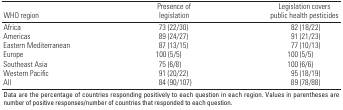
| WHO region | Presence of legislation | Legislation covers public health pesticides |
 | --- | --- | --- |
 | Africa |  | 73 (22/30) |  | 82 (18/22) |
 | Americas |  | 89 (24/27) |  | 91 (21/23) |
 | Eastern Mediterranean |  | 87 (13/15) |  | 77 (10/13) |
 | Europe |  | 100 (5/5) |  | 100 (5/5) |
 | Southeast Asia |  | 75 (6/8) |  | 100 (6/6) |
 | Western Pacific |  | 91 (20/22) |  | 95 (18/19) |
 | All |  | 84 (90/107) |  | 89 (78/88) |
 | <COLSPAN=5> Data are the percentage of countries responding positively to each question in each region. Values in parentheses are number of positive responses/number of countries that responded to each question. |